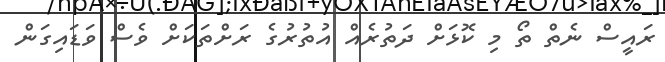
ރައީސް ނެތް ތޯ މި ކޮޅަށް ދަތުރެއް އުތުރުގެ ރަށްތަކަށް ވެސް ވަޑައިގަން